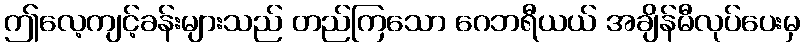
ဤလေ့ကျင့်ခန်းများသည် တည်ကြသော ဂေဘရီယယ် အချိန်မီလုပ်ပေးမှ